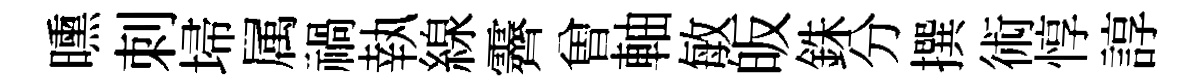
曛刺埽属禍執線霽曽軸敏皈銖分撰術惇諄